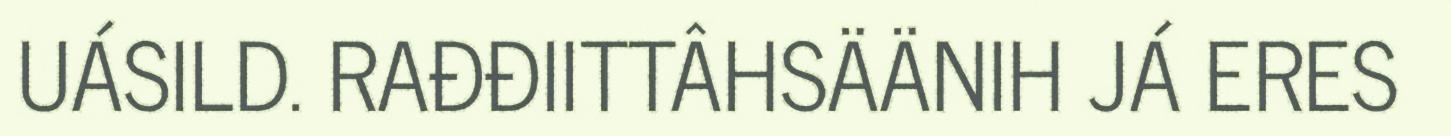
UÁSILD. RAĐĐIITTÂHSÄÄNIH JÁ ERES